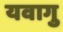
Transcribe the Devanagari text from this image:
यवागु